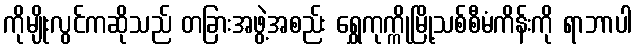
ကိုမျိုးလွင်ကဆိုသည် တခြားအဖွဲ့အစည်း ရွှေကုက္ကိုမြို့သစ်စီမံကိန်းကို ရာဘာပါ